Serum-therapy of plague in India - Number 20
Disease focus: Plague
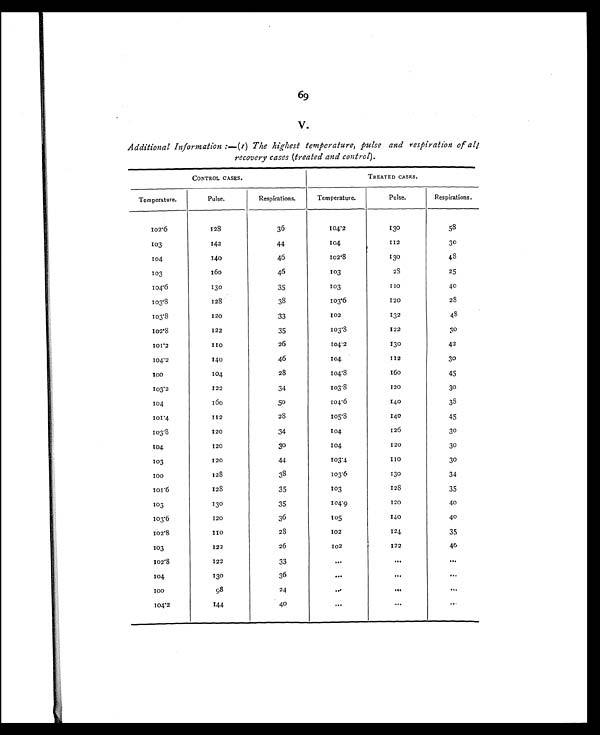
69
v.
Additional Information :—(I) The highest temperature, pulse and respiration of
all recovery cases (treated and control).
CONTROL CASES.
TREATED CASES.
Te mperature.
Pulse.
Respirations.
Temperature.
Pulse.
Respirations.
1 0 2 . 6
128
36
104.2
130
58
103
142
44
104
112
30
104
140
46
102.8
130
48
103
160
46
103
2 8
25
104.6
130
35
103
1 1 0
40
1 0 3 . 8
128
38
103.6
120
2 8
103.8
120
33
102
132
4 8
102.8
122
35
1 0 3 . 8
122
3 0
101.2
1 1 0
26
104.2
130
42
1 0 4 . 2
140
46
104
112
30
100
104
28
104.8
1 6 0
45
1 0 3 . 2
122
34
103.8
120
30
104
160
5 0
104.6
140
3 8
101.4
112
28
1 0 5 . 8
140
45
103.8
120
34
104
126
30
104
120
30
104
120
30
103
120
44
103.4
110
30
100
128
38
103.6
130
34
101.6
128
35
103
128
35
103
130
35
104.9
120
40
103.6
120
36
105
140
40
102.8
1 1 0
2 8
102
124
35
103
122
26
102
122
40
102.8
122
33
. . .
. . .
...
104
130
36
. . .
...
. . .
1 0 0
98
24
. . .
. . .
. . .
1 0 4 . 2
144
40
...
. . .
. . .